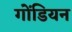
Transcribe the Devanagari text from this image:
गोंडियन